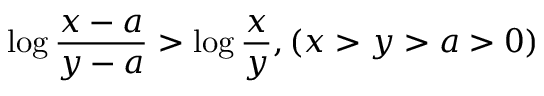
\log \frac { x - a } { y - a } > \log \frac { x } { y } , ( x > y > a > 0 )